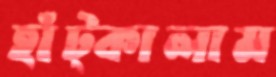
হাঁট্‌কালাম